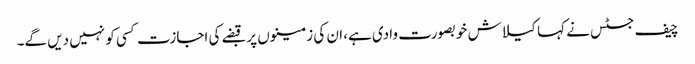
چیف جسٹس نے کہا کیلاش خوبصورت وادی ہے، ان کی زمینوں پر قبضے کی اجازت کسی کو نہیں دیں گے۔